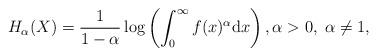
\begin{align*}H_\alpha(X)=\frac{1}{1-\alpha}\log\left(\int^\infty_0f(x)^{\alpha}\mathrm{d}x\right),\alpha > 0,\;\alpha \neq 1,\end{align*}